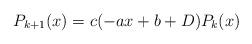
LaTeX: \begin{align*}P_{k+1}(x)=c(-ax + b + D)P_{k}(x)\end{align*}